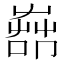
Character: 𦱡